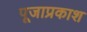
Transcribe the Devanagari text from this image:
पूजाप्रकाश